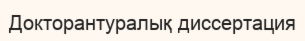
Докторантуралық диссертация